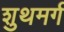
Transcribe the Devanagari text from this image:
शुथमर्ग